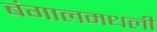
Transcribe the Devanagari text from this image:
बंगालमधली